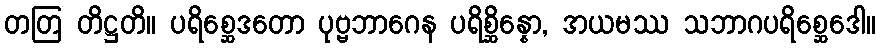
တတြ တိဋ္ဌတိ။ ပရိစ္ဆေဒတော ပုဗ္ဗဘာဂေန ပရိစ္ဆိန္နော, အယမဿ သဘာဂပရိစ္ဆေဒေါ။